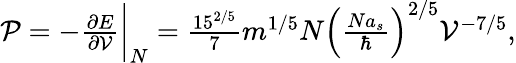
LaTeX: \begin{array}{r}{\mathcal{P}=-\frac{\partial E}{\partial\mathcal{V}}\bigg\vert_{N}=\frac{15^{2/5}}{7}m^{1/5}N\left(\frac{Na_{s}}{\hbar}\right)^{2/5}\mathcal{V}^{-7/5},}\end{array}